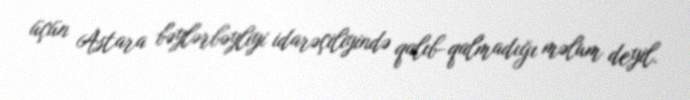
üçün Astara bəylərbəyliyi idarəçiliyində qalıb-qalmadığı məlum deyil.